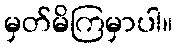
မှတ်မိကြမှာပါ။